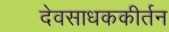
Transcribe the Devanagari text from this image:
देवसाधककीर्तन